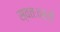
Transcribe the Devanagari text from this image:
स्वतःवरती